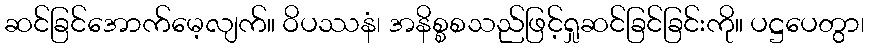
ဆင်ခြင်အောက်မေ့လျက်။ ဝိပဿနံ၊ အနိစ္စစသည်ဖြင့်ရှုဆင်ခြင်ခြင်းကို။ ပဋ္ဌပေတွာ၊